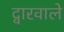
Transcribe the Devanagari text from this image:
द्वारवाले